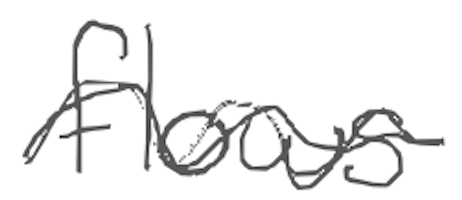
Text: flows
Cross-out: wave
Writing tool: digital_gray